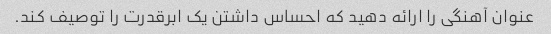
عنوان آهنگی را ارائه دهید که احساس داشتن یک ابرقدرت را توصیف کند.